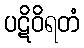
ပဋိဝိရတံ